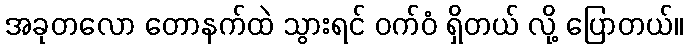
အခုတလော တောနက်ထဲ သွားရင် ဝက်ဝံ ရှိတယ် လို့ ပြောတယ်။